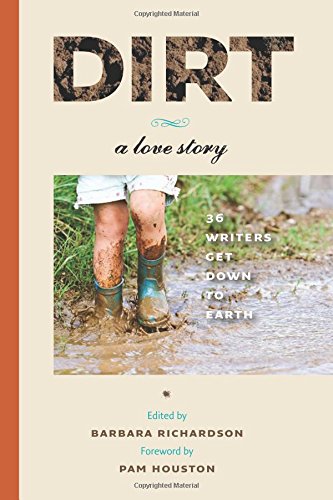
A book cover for Dirt: A Love Story; Crafts, Hobbies & Home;